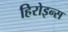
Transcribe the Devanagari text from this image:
हिरोइन्स